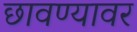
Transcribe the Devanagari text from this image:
छावण्यावर